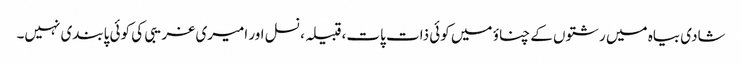
شادی بیاہ میں رشتوں کے چناؤ میں کوئی ذات پات، قبیلہ، نسل اور امیری غریبی کی کوئی پابندی نہیں۔